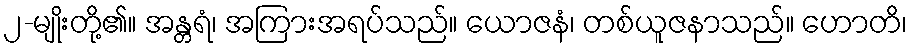
၂-မျိုးတို့၏။ အန္တရံ၊ အကြားအရပ်သည်။ ယောဇနံ၊ တစ်ယူဇနာသည်။ ဟောတိ၊